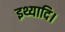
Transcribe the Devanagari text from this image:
इथ्यादि।